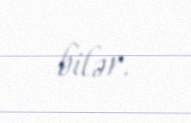
bilər.